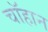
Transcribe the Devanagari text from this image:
चॉहान